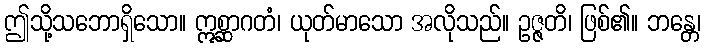
ဤသို့သဘောရှိသော။ ဣစ္ဆာဂတံ၊ ယုတ်မာသော အလိုသည်။ ဥဇ္ဇတိ၊ ဖြစ်၏။ ဘန္တေ၊